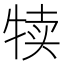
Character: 犊